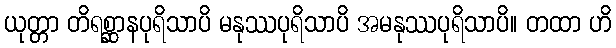
ယုတ္တာ တိရစ္ဆာနပုရိသာပိ မနုဿပုရိသာပိ အမနုဿပုရိသာပိ။ တထာ ဟိ